Regulations for the medical services of the Army of India
Year: 1930
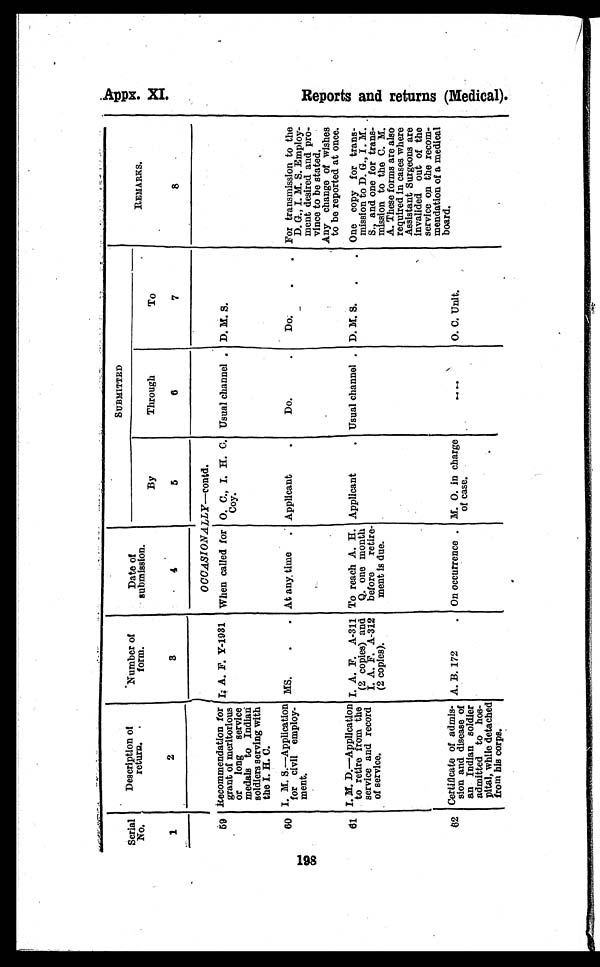
Serial
No.
1
Description of
return.
2
Number of
form.
3
Date of
submission.
4
SUBMITTED
REMARKS.
8
By
5
Through
6
To
7
OCCASIONALLY—contd.
59 Recommendation for
grant of meritorious
or long service
medals to Indian
soldiers serving with
the I. H. C.
I. A. F. Y-1931 When called for O. C., I. H. C.
Coy.
Usual channel . D. M. S.
60 I. M. S.—Application
for civil employ-
ment.
MS.
.
. At any time . Applicant
.
Do.
.
Do.
. ,
_
For transmission to the
D. G., I. M. S. Employ-
ment desired and pro-
vince to be stated.
Any change of wishes
to be reported at once.
61 I. M. D.—Application
to retire from the
service and record
of service.
I. A. F. A-311
(2 copies) and
I. A. F. A-312
(2 copies).
To reach A. H.
Q. one month
before retire-
ment is due.
Applicant
. Usual channel . D. M. S. .
. One copy for trans-
mission to D. G., I. M.
S. and one for trans-
mission to the C. M.
A. These forms are also
required in cases where
Assistant Surgeons are
invalided out of the
service on the recom-
mendation of a medical
board.
62 Certificate of admis-
sion and disease of
an Indian soldier
admitted to hos-
pital, while detached
from his corps.
A. B. 172
. On occurrence . M. O. in charge
of case.
. . . .
O. C. Unit.
Reports and returns (Medical).